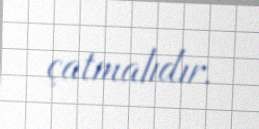
çatmalıdır.